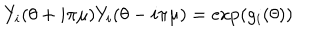
LaTeX: Y _ { i } ( \theta + i \pi \mu ) Y _ { i } ( \theta - i \pi \mu ) = \exp ( g _ { i } ( \theta ) )